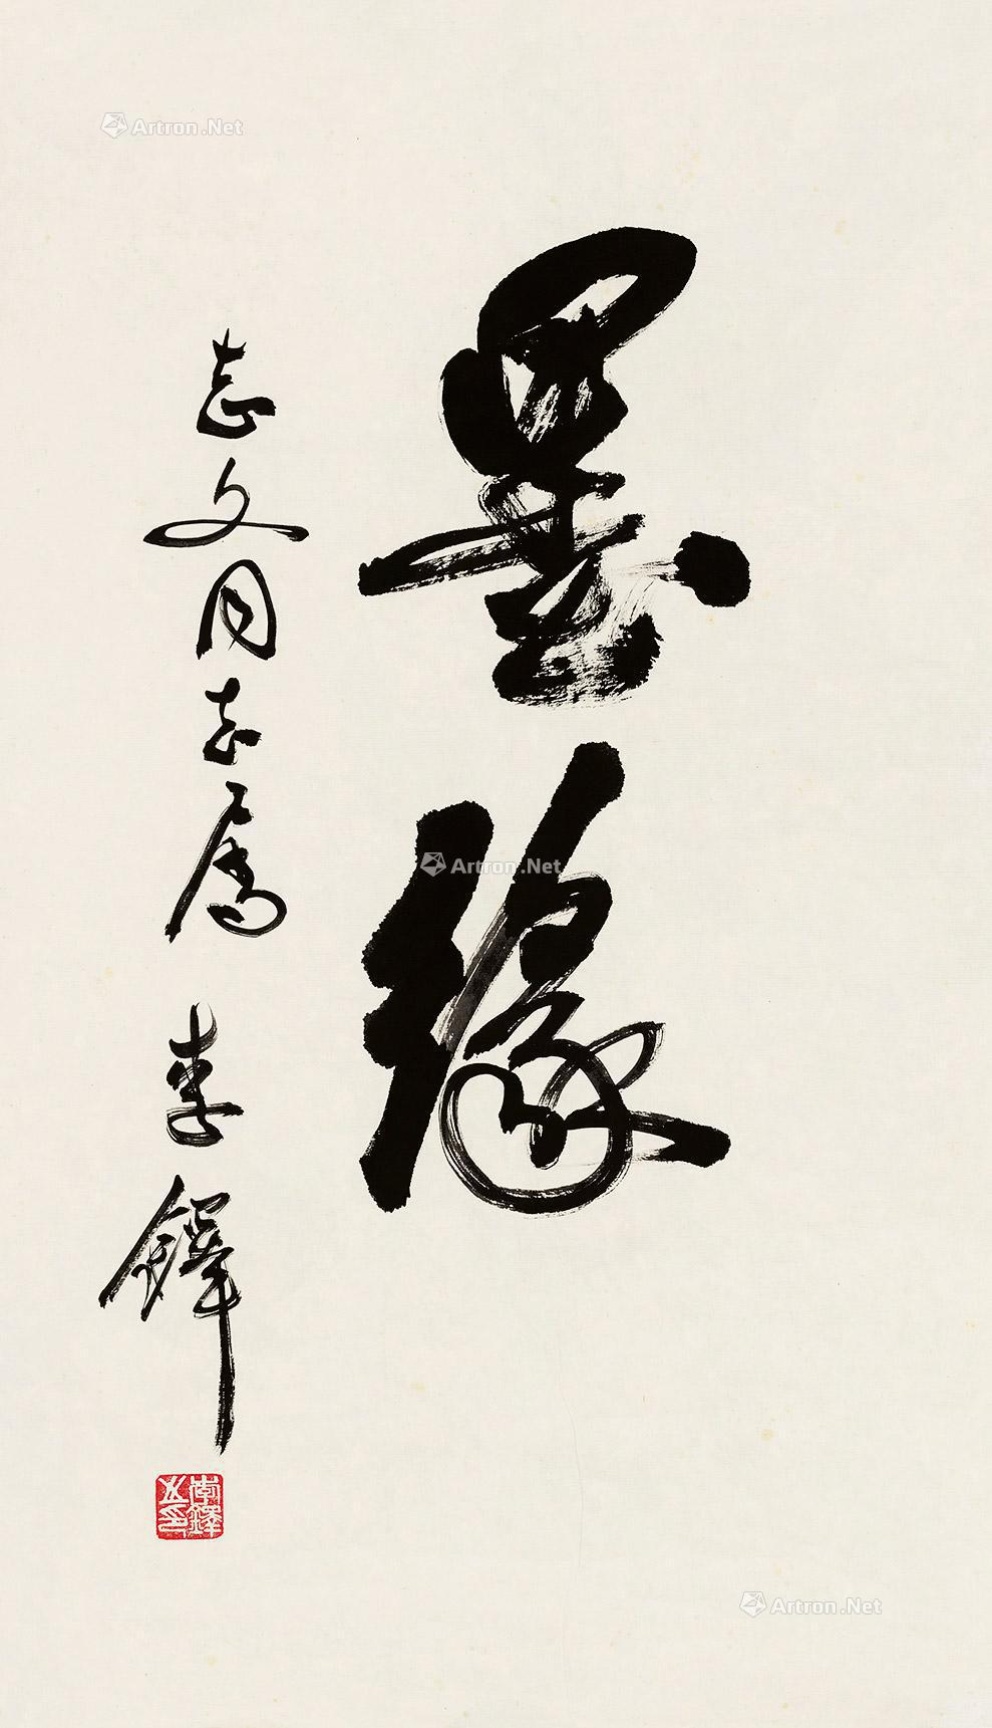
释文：墨缘。志文同志属，李铎。